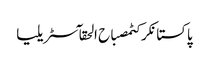
پاکستانکرکٹمصباح الحقآسٹریلیا